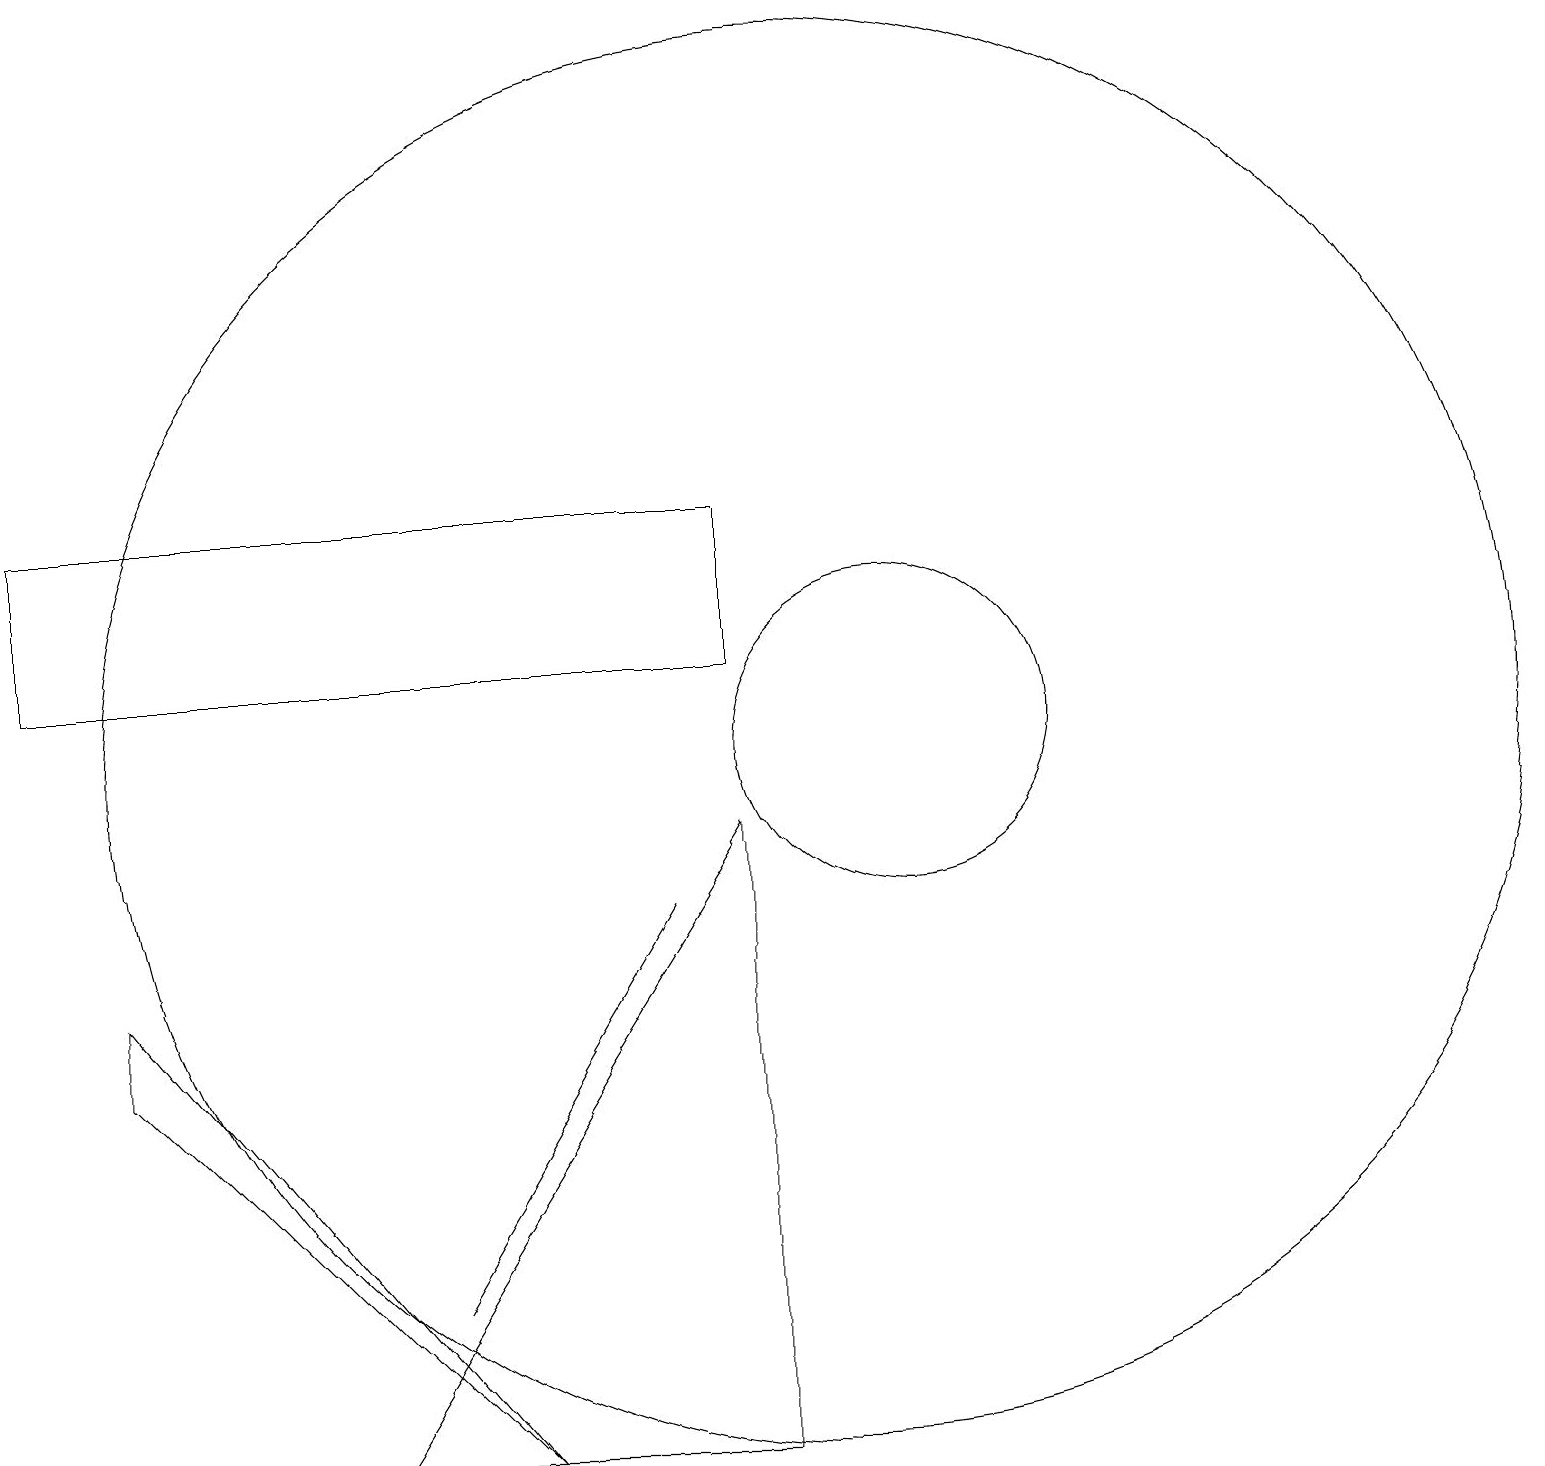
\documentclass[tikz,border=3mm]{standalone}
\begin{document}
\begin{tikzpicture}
\draw (1,7) -- (1,6) -- (6,1) -- cycle;
\draw (8,8) -- (5,3) -- (8,8) -- cycle;
\draw (0,13) rectangle (9,11);
\draw (11,10) circle (2);
\draw (10,10) circle (9);
\draw (4,1) -- (9,9) -- (9,1) -- cycle;
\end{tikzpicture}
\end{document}